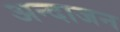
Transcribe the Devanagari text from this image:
अन्दाजन